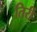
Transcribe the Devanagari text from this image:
तिर्री